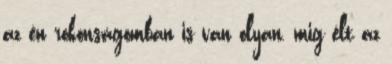
az én rokonságomban is van olyan, mig élt az